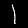
Digit: 1